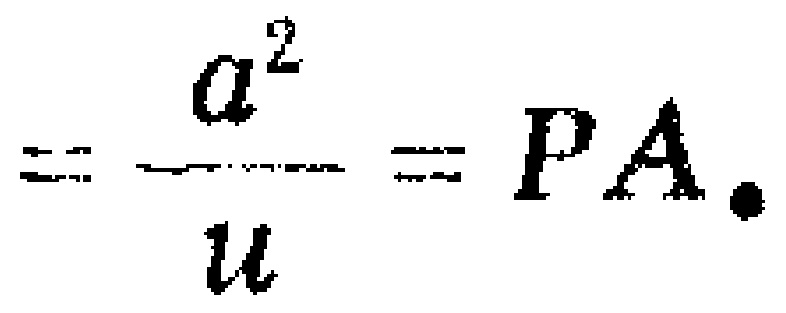
$=\frac{a^{2}}{u}=PA.$